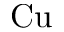
\mathrm { C u }